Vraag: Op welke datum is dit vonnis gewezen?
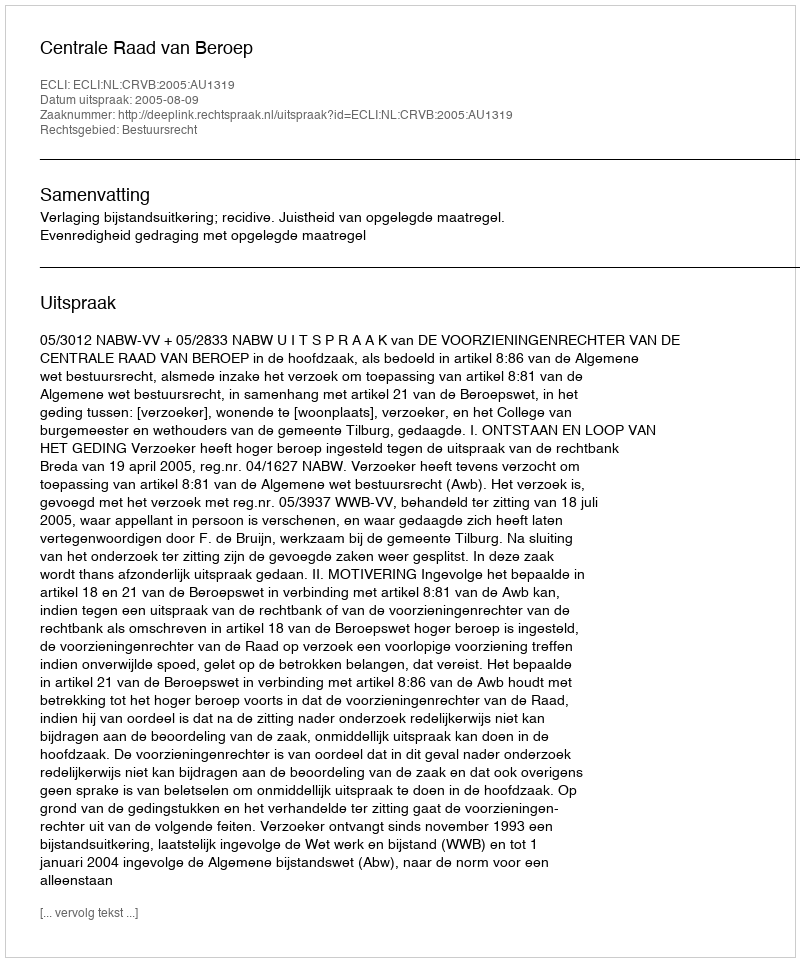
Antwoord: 2005-08-09